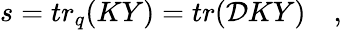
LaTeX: s=tr_{q}(KY)=tr({\cal D}KY)\quad,